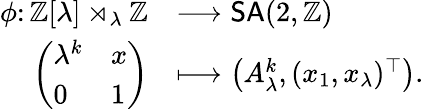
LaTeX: \begin{array}{rl}{\phi\colon\mathbb{Z}[\lambda]\rtimes_{\lambda}\mathbb{Z}}&{\longrightarrow\mathsf{SA}(2,\mathbb{Z})}\\ {\left(\begin{array}{ll}{\lambda^{k}}&{x}\\ {0}&{1}\end{array}\right)}&{\longmapsto\left(A_{\lambda}^{k},(x_{1},x_{\lambda})^{\top}\right).}\end{array}